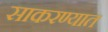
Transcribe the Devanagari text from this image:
साकरण्यात